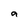
Character: 9